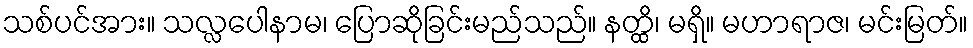
သစ်ပင်အား။ သလ္လပေါနာမ၊ ပြောဆိုခြင်းမည်သည်။ နတ္ထိ၊ မရှိ။ မဟာရာဇ၊ မင်းမြတ်။